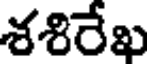
శశిరేఖ